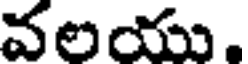
వలయు,